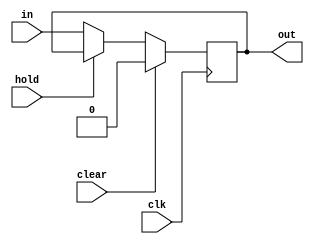
module BufferRegister(
    input clk,
	input clear,
	input hold,
	input wire [N-1:0] in,
	output reg [N-1:0] out);

	parameter N = 1;

	always @(posedge clk) begin
		if (clear)
			out <= {N{1'b0}};
		else if (hold)
			out <= out;
		else
			out <= in;
	end
endmodule